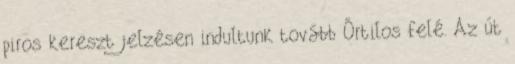
piros kereszt jelzésen indultunk tovább Őrtilos felé. Az út